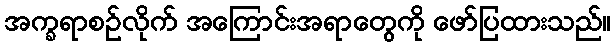
အက္ခရာစဉ်လိုက် အကြောင်းအရာတွေကို ဖော်ပြထားသည်။